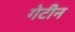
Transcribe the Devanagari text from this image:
गेटीन